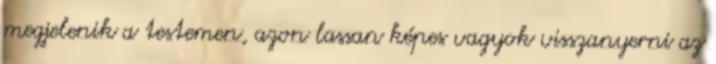
megjelenik a testemen, azon lassan képes vagyok visszanyerni az